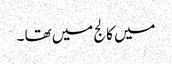
میں کالج میں تھا ۔